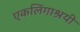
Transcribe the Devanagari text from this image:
एकलिंगाश्रयी